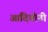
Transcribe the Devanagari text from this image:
आदियोनी